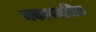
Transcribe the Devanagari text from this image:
मकानमालिक